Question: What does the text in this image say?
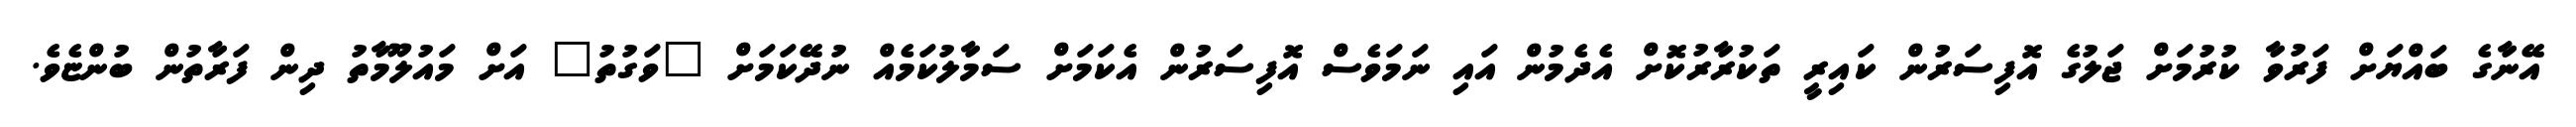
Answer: އޭނާގެ ބައްޔަށް ފަރުވާ ކުރުމަށް ޖަލުގެ އޮފިސަރުން ކައިރީ ތަކުރާރުކޮށް އެދެމުން އައި ނަމަވެސް އޮފިސަރުން އެކަމަށް ސަމާލުކަމެއް ނުދޭކަމަށް "ވަގުތު" އަށް މައުލޫމާތު ދިން ފަރާތުން ބުންޏެވެ.